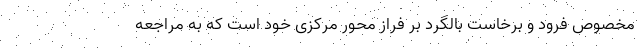
مخصوص فرود و برخاست بالگرد بر فراز محور مرکزی خود است که به مراجعه